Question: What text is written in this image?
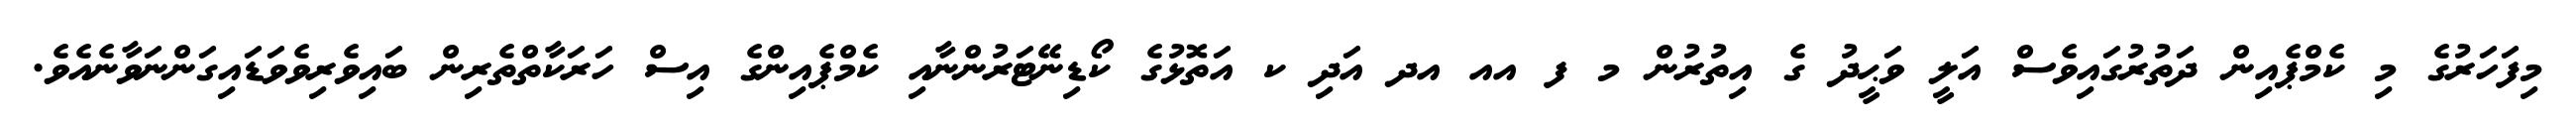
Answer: މިފަހަރުގެ މި ކެމްޕެއިން ދަތުރުގައިވެސް އަލީ ވަޙީދު ގެ އިތުރުން މ ފ އއ އދ އަދި ކ އަތޮޅުގެ ކޯޑިނޭޓަރުންނާއި ކެމްޕެއިންގެ އިސް ހަރަކާތްތެރިން ބައިވެރިވެވަޑައިގަންނަވާނެއެވެ.